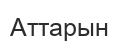
Аттарын